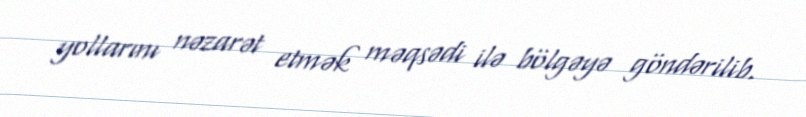
yollarını nəzarət etmək məqsədi ilə bölgəyə göndərilib.